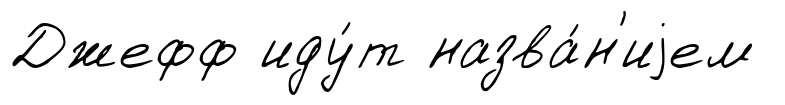
Джефф иду́т назва́н'иjем